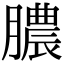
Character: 膿